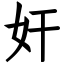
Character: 奸